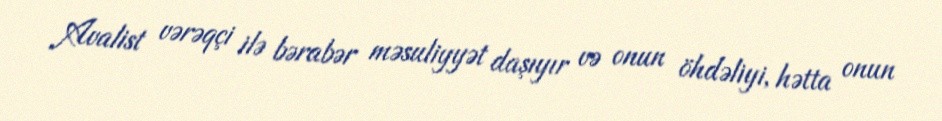
Avalist vərəqçi ilə bərabər məsuliyyət daşıyır və onun öhdəliyi, hətta onun